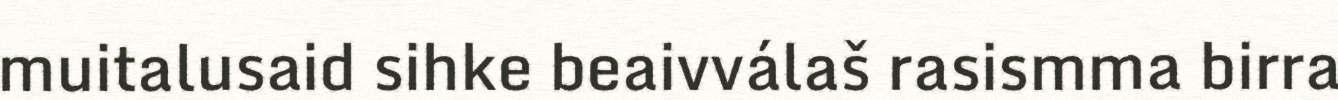
muitalusaid sihke beaivválaš rasismma birra